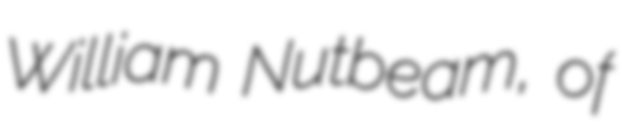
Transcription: William Nutbeam, of